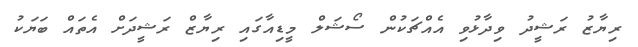
ރިޔާޒު ރަޝީދު ވިދާޅުވި އެއްޗަކުން ސޯޝަލް މީޑިއާގައި ރިޔާޒް ރަޝީދަށް އެތައް ބަޔަކު